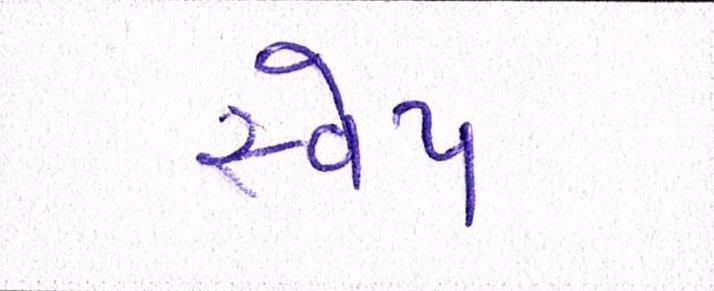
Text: સ્વેપ